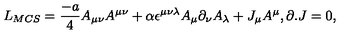
L _ { M C S } = { \frac { - a } { 4 } } A _ { \mu \nu } A ^ { \mu \nu } + \alpha \epsilon ^ { \mu \nu \lambda } A _ { \mu } \partial _ { \nu } A _ { \lambda } + J _ { \mu } A ^ { \mu } , \partial . J = 0 ,